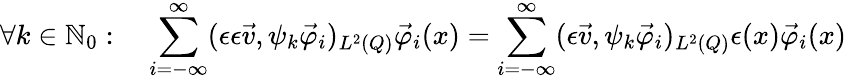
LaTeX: \forall k\in\mathbb N_{0}:\quad\sum_{i=-\infty}^{\infty}(\epsilon\epsilon\vec{v},\psi_{k}\vec{\varphi}_{i})_{L^{2}(Q)}\vec{\varphi}_{i}(x)=\sum_{i=-\infty}^{\infty}(\epsilon\vec{v},\psi_{k}\vec{\varphi}_{i})_{L^{2}(Q)}\epsilon(x)\vec{\varphi}_{i}(x)